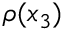
\rho ( x _ { 3 } )